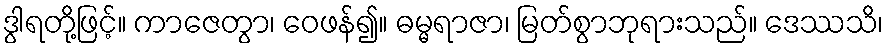
ဒွါရတို့ဖြင့်။ ကာဇေတွာ၊ ဝေဖန်၍။ ဓမ္မရာဇာ၊ မြတ်စွာဘုရားသည်။ ဒေဿသိ၊